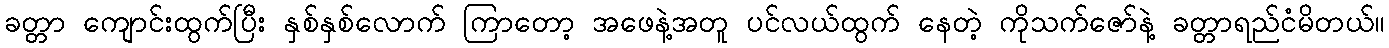
ခတ္တာ ကျောင်းထွက်ပြီး နှစ်နှစ်လောက် ကြာတော့ အဖေနဲ့အတူ ပင်လယ်ထွက် နေတဲ့ ကိုသက်ဇော်နဲ့ ခတ္တာရည်ငံမိတယ်။